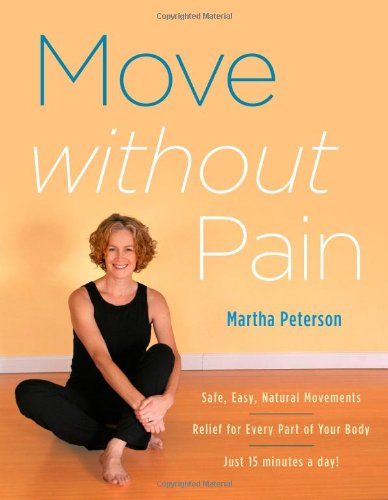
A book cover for Move Without Pain; Martha Peterson; Health, Fitness & Dieting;